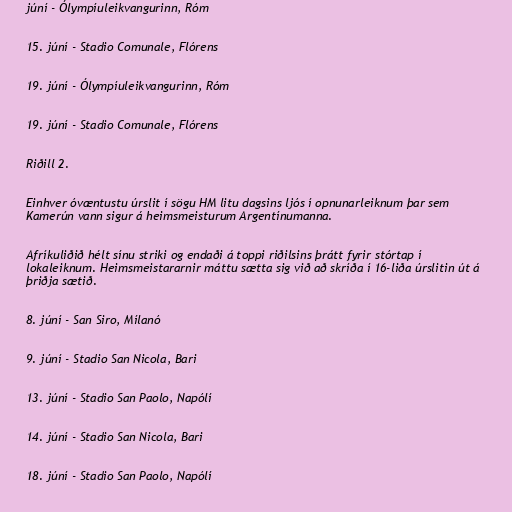
júní - Ólympíuleikvangurinn, Róm

15. júní - Stadio Comunale, Flórens

19. júní - Ólympíuleikvangurinn, Róm

19. júní - Stadio Comunale, Flórens

Riðill 2.

Einhver óvæntustu úrslit í sögu HM litu dagsins ljós í opnunarleiknum þar sem
Kamerún vann sigur á heimsmeisturum Argentínumanna.

Afríkuliðið hélt sínu striki og endaði á toppi riðilsins þrátt fyrir stórtap í
lokaleiknum. Heimsmeistararnir máttu sætta sig við að skríða í 16-liða úrslitin út á
þriðja sætið.

8. júní - San Siro, Mílanó

9. júní - Stadio San Nicola, Bari

13. júní - Stadio San Paolo, Napólí

14. júní - Stadio San Nicola, Bari

18. júní - Stadio San Paolo, Napólí